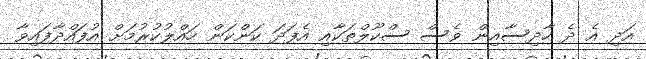
އަދި އެ ދެ ހާދިސާއިން ވެސް ސްކޫލްތަކާއި އެފަދަ ކަންކަން ހައްލުކުރުމަށް އުފައްދާފައިވާ